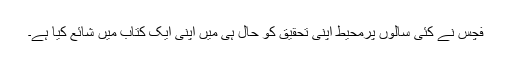
فچس نے کئی سالوں پرمحیط اپنی تحقیق کو حال ہی میں اپنی ایک کتاب میں شائع کیا ہے۔